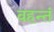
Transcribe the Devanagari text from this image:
वहन्तं